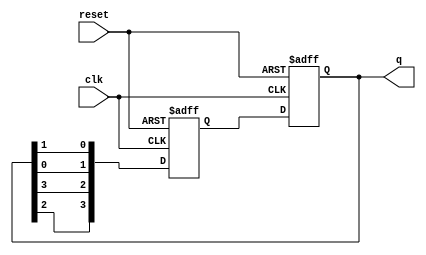
module johnson_counter (
    input wire clk,
    input wire reset,
    output reg [3:0] q
);

reg [3:0] next_state;

always @(posedge clk or posedge reset) begin
    if (reset) begin
        q <= 4'b0001;
    end else begin
        q <= next_state;
    end
end

always @(posedge clk or posedge reset) begin
    if (reset) begin
        next_state <= 4'b0001;
    end else begin
        next_state <= {q[2], q[3], q[0], q[1]};
    end
end

endmodule